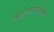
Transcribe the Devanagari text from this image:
महानगरातला